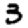
Digit: 3